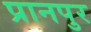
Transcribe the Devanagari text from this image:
प्रानपुर